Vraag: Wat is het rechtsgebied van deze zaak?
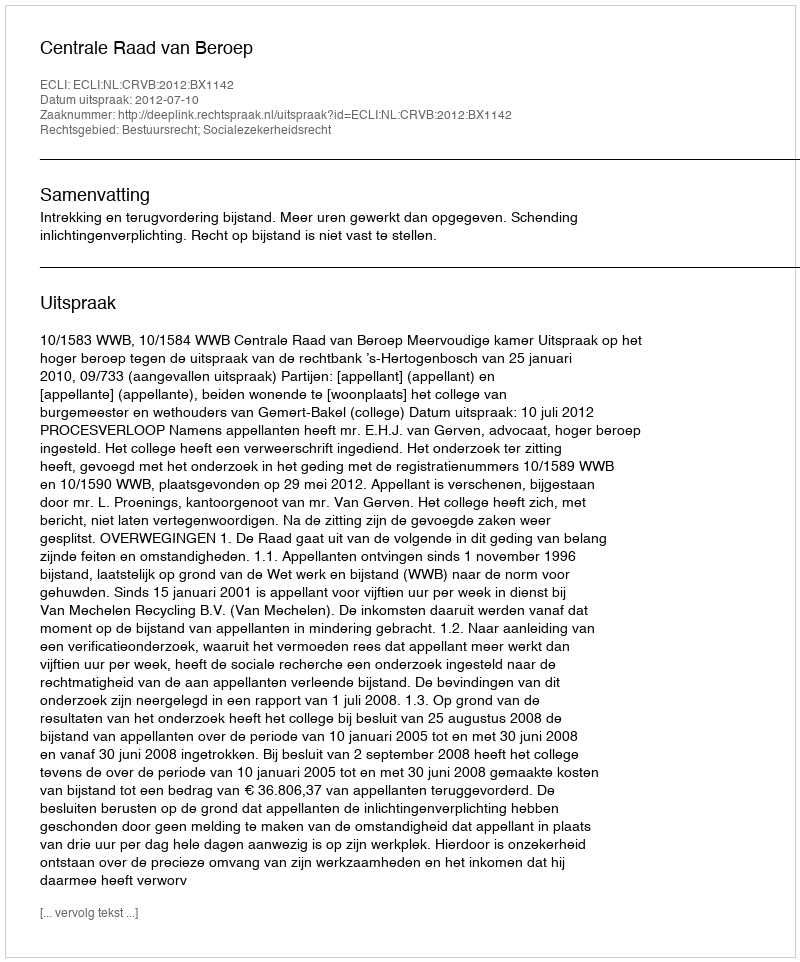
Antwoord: Bestuursrecht; Socialezekerheidsrecht